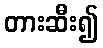
တားဆီး၍